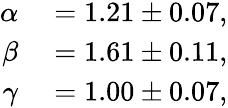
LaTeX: \begin{array}{rl}{\alpha}&{{}=1.21\pm 0.07,}\\ {\beta}&{{}=1.61\pm 0.11,}\\ {\gamma}&{{}=1.00\pm 0.07,}\end{array}